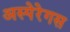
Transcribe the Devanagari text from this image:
अस्पेरेगस